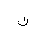
Letter: _non